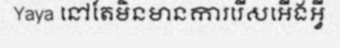
Yaya នៅតែមិនមានការរើសអើងអ្វី